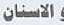
الاسنان